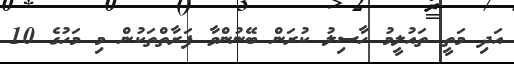
އަދި މަތީ ތައުލީމު ހާސިލު ކުރަން ބޭނުންވާ ފަރާތްތަކުން މި މަހުގެ 10